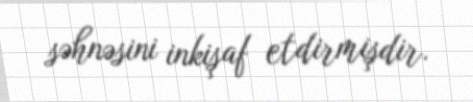
səhnəsini inkişaf etdirmişdir.